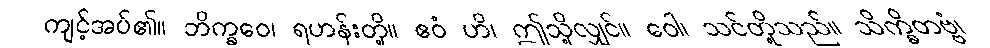
ကျင့်အပ်၏။ ဘိက္ခဝေ၊ ရဟန်းတို့။ ဧဝံ ဟိ၊ ဤသို့လျှင်။ ဝေါ၊ သင်တို့သည်။ သိက္ခိတဗ္ဗံ၊